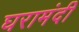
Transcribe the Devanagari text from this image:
घरामंदी